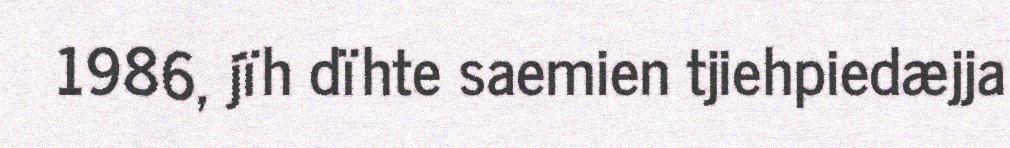
1986, jïh dïhte saemien tjiehpiedæjja